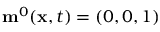
\mathbf { m } ^ { 0 } ( \mathbf { x } , t ) = ( 0 , 0 , 1 )